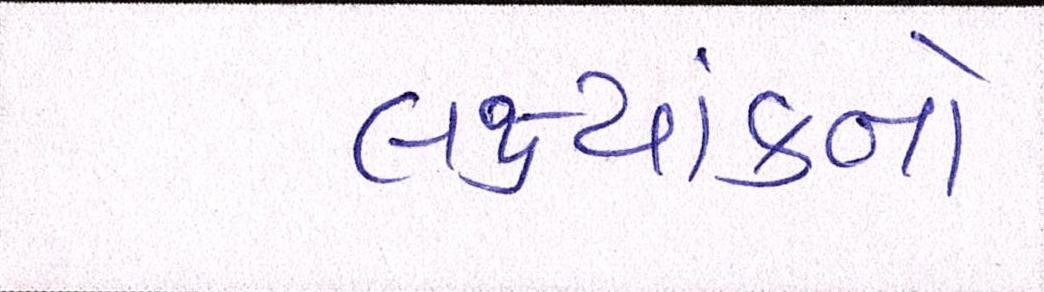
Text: લક્ષ્યાંકનો